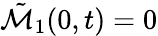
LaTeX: \tilde{\mathcal{M}}_{1}(0,t)=0